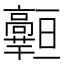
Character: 𱅾